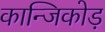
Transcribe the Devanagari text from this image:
कान्जिकोड़